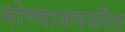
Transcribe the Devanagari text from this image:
मोण्वाजवळील